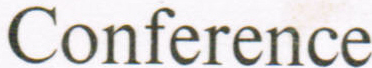
Conference